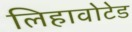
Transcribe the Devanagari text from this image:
लिहावोटेड